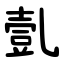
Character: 亄